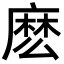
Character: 麽